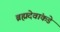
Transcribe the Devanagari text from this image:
ब्रह्मदेवांकडे